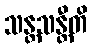
သန္တသန္တီတိ